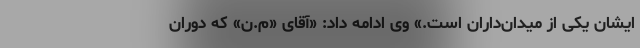
ایشان یکی از میدان‌داران است.» وی ادامه داد: «آقای «م.ن» که دوران